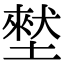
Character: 㙬